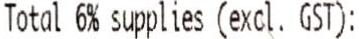
TOTAL 6% SUPPLIES (EXCL. GST):